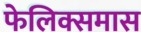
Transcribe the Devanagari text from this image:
फेलिक्समास